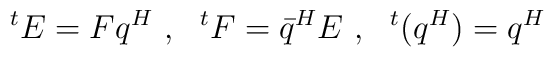
^tE = Fq^H\ ,\ \  ^tF=\bar q^HE\ , \ \  ^t(q^H)=q^H